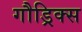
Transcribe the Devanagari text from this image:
गौड्रिक्स